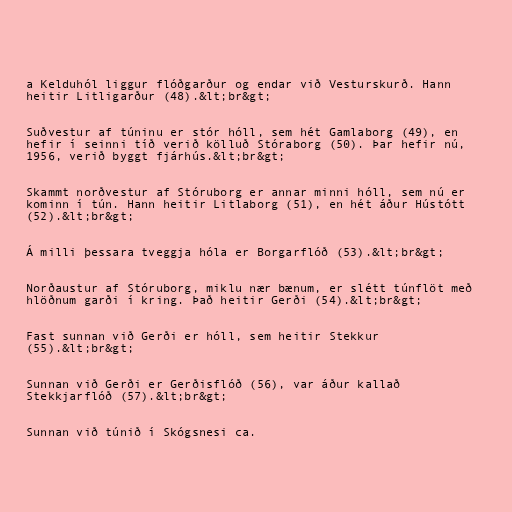
a Kelduhól liggur flóðgarður og endar við Vesturskurð. Hann
heitir Litligarður (48).&lt;br&gt;

Suðvestur af túninu er stór hóll, sem hét Gamlaborg (49), en
hefir í seinni tíð verið kölluð Stóraborg (50). Þar hefir nú,
1956, verið byggt fjárhús.&lt;br&gt;

Skammt norðvestur af Stóruborg er annar minni hóll, sem nú er
kominn í tún. Hann heitir Litlaborg (51), en hét áður Hústótt
(52).&lt;br&gt;

Á milli þessara tveggja hóla er Borgarflóð (53).&lt;br&gt;

Norðaustur af Stóruborg, miklu nær bænum, er slétt túnflöt með
hlöðnum garði í kring. Það heitir Gerði (54).&lt;br&gt;

Fast sunnan við Gerði er hóll, sem heitir Stekkur
(55).&lt;br&gt;

Sunnan við Gerði er Gerðisflóð (56), var áður kallað
Stekkjarflóð (57).&lt;br&gt;

Sunnan við túnið í Skógsnesi ca.